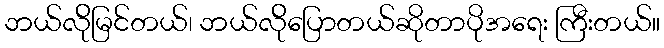
ဘယ်လ်ိုမြင်တယ်၊ ဘယ်လ်ိုပြောတယ်ဆိုတာပိုအရေး ကြီးတယ်။